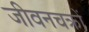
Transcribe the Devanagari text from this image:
जीवनचक्रों